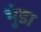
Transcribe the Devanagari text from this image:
भुंडा